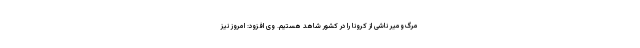
مرگ‌ومیر ناشی از کرونا را در کشور شاهد هستیم. وی افزود: امروز نیز